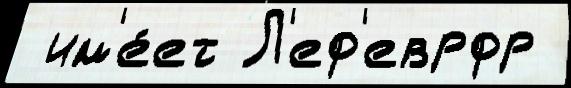
 им'е́ет Л'еф'еврфр